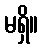
မရှိ။